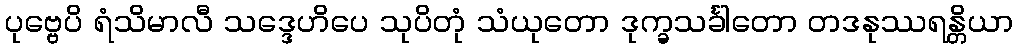
ပုဗ္ဗေပိ ရံသိမာလီ သဒ္ဒေဟိပေ သုပိတုံ သံယုတော ဒုက္ခသင်္ခါတော တဒနုဿရန္တိယာ